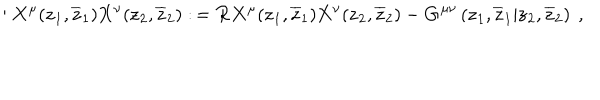
: { \bf X } ^ { \mu } ( { \bf z } _ { 1 } , \overline { { { \bf z } } } _ { 1 } ) { \bf X } ^ { \nu } ( { \bf z } _ { 2 } , \overline { { { \bf z } } } _ { 2 } ) : \, = { \cal R } { \bf X } ^ { \mu } ( { \bf z } _ { 1 } , \overline { { { \bf z } } } _ { 1 } ) { \bf X } ^ { \nu } ( { \bf z } _ { 2 } , \overline { { { \bf z } } } _ { 2 } ) { } - { \bf G } ^ { \mu \nu } \left( { \bf z } _ { 1 } , \overline { { { \bf z } } } _ { 1 } | { \bf z } _ { 2 } , \overline { { { \bf z } } } _ { 2 } \right) ~ ,